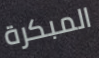
المبكرة